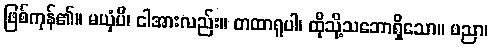
ဖြစ်ကုန်၏။ မယှံပိ၊ ငါအားလည်း။ တထာရူပါ၊ ထိုသို့သဘောရှိသော။ ပညာ၊